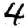
Digit: 4